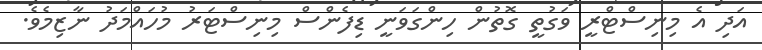
އަދި އެ މިނިސްޓްރީ ވަގުތީ ގޮތުން ހިންގަވަނީ ޑިފެންސް މިނިސްޓަރު މުހައްމަދު ނާޒިމެވެ.